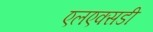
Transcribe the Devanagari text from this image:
एलएक्सडी